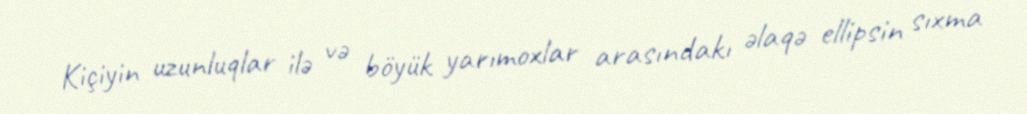
Kiçiyin uzunluqlar ilə və böyük yarımoxlar arasındakı əlaqə ellipsin sıxma